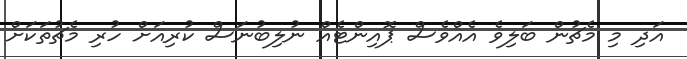
އަދި މި މެޗުން ބަލިވެ އެއްވެސް ޕޮއިންޓެއް ނުލިބުނަސް ކުރިއަށް ހުރި މެޗުތަކަށް